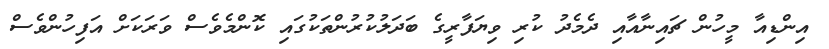
އިންޑިއާ މީހުން ޗައިނާއާއި ދެމެދު ކުރި ވިޔަފާރީގެ ބަދަލުކުރުންތަކުގައި ކޮންމެވެސް ވަރަކަށް އަފިހުންވެސް